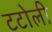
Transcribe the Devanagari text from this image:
टटोली